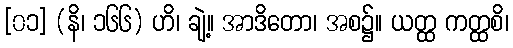
[၀၁] (နိ၊ ၁၆၆) ဟိ၊ ချဲ့။ အာဒိတော၊ အစ၌။ ယတ္ထ ကတ္ထစိ၊